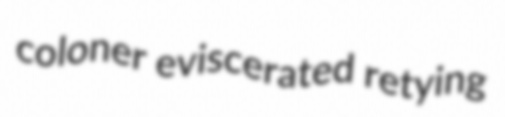
coloner eviscerated retying